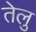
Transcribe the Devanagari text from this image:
तेलु